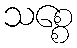
သစ္စေ